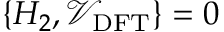
\{ H _ { 2 } , \mathcal { V } _ { \mathrm { D F T } } \} = 0